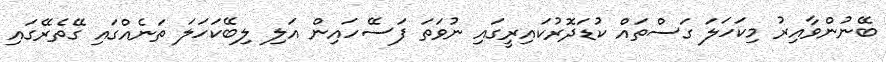
ބޭނުންވާއިރު މިކަހަލަ ގަސްތައް ކުޑަދޮރުކައިރީގައި ނުވަތަ ފަސޭހައިން އަލި ލިބޭކަހަލަ ތަނެއްގައި ގޭތެރޭގައި